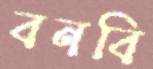
বনবি